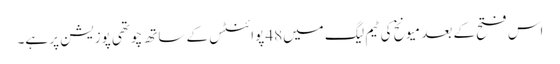
اس فتح کے بعد میونخ کی ٹیم لیگ میں48 پوائنٹس کے ساتھ چوتھی پوزیشن پر ہے۔